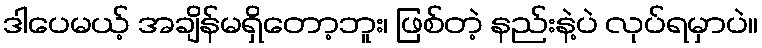
ဒါပေမယ့် အချိန်မရှိတော့ဘူး၊ ဖြစ်တဲ့ နည်းနဲ့ပဲ လုပ်ရမှာပဲ။